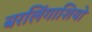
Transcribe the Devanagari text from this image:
बरलिंगाशियो